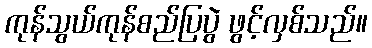
ကုန်သွယ်ကုန်စည်ပြပွဲ ဖွင့်လှစ်သည်။